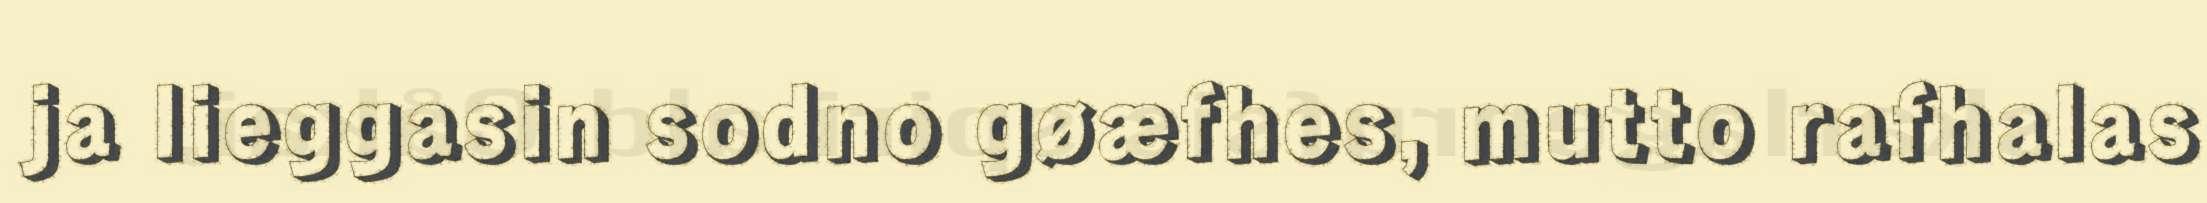
ja lieggasin sodno gøæfhes, mutto rafhalas